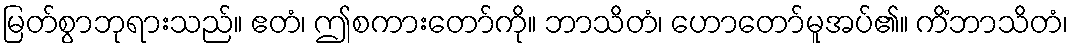
မြတ်စွာဘုရားသည်။ ဧတံ၊ ဤစကားတော်ကို။ ဘာသိတံ၊ ဟောတော်မူအပ်၏။ ကိံဘာသိတံ၊